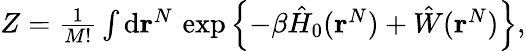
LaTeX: \begin{array}{r}{Z=\frac{1}{M!}\int\mathrm{d}\mathbf{r}^{N}\, \exp\left\{ -\beta\hat{H}_{0}(\mathbf{r}^{N})+\hat{W}(\mathbf{r}^{N})\right\} ,}\end{array}